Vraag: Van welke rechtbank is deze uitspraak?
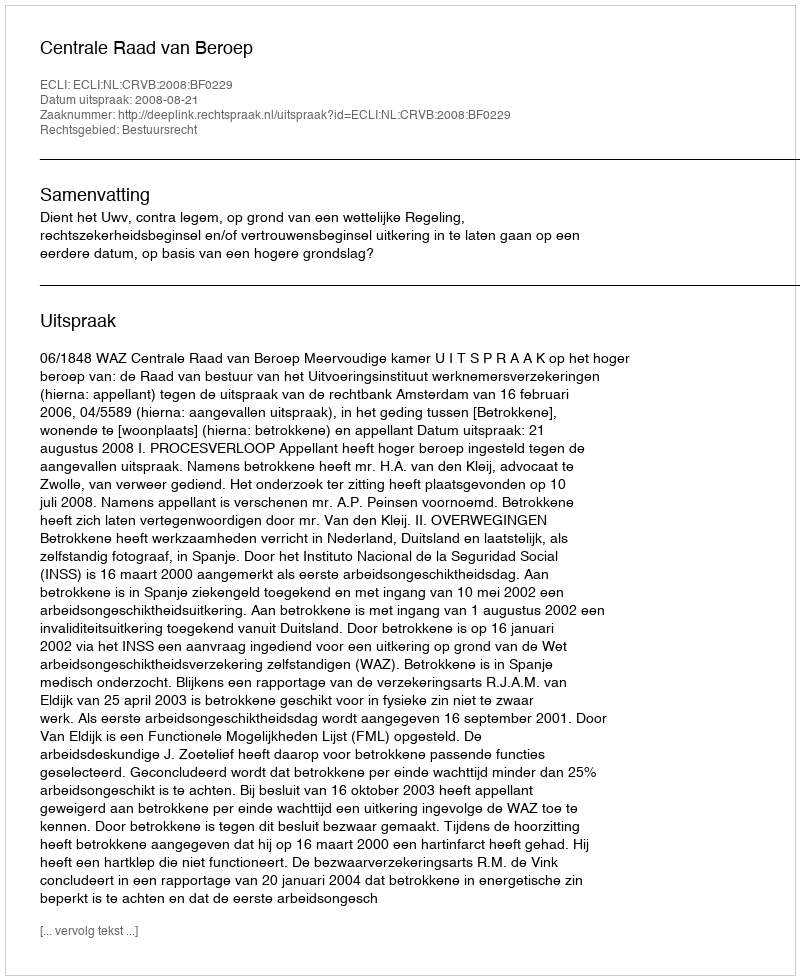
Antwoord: Centrale Raad van Beroep